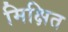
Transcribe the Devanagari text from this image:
मिक्षित